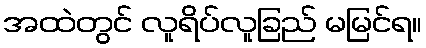
အထဲတွင် လူရိပ်လူခြည် မမြင်ရ။